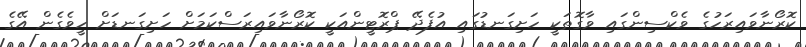
ކޮރޯނާވައިރަހުގެ ވެކްސިންގައި ވާގޮތަކީ ހަށިގަނޑުގައި އުފެދޭ ޕްރޮޓީންއަކީ ކޮރޯނާވައިރަސްކަމަށް ހަށިގަނޑަށް ހީވެގެން އޭގެ